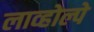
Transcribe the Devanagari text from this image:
लाव्होल्पे